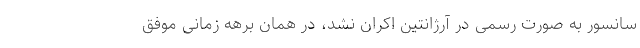
سانسور به صورت رسمی در آرژانتین اکران نشد، در همان برهه زمانی موفق